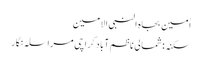
اٰمین بجاہ النبی الامین
سکنہ: شمالی ناظم آباد کراچی مراسلہ نگار